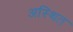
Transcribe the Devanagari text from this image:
अस्थित